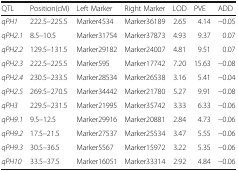
<table><thead><tr><td><b>QTL</b></td><td><b>Position(cM)</b></td><td><b>Left Marker</b></td><td><b>Right Marker</b></td><td><b>LOD</b></td><td><b>PVE</b></td><td><b>ADD</b></td></tr></thead><tbody><tr><td><i>qPH1</i></td><td>222.5–225.5</td><td>Marker4534</td><td>Marker36189</td><td>2.65</td><td>4.14</td><td>−0.05</td></tr><tr><td><i>qPH2.1</i></td><td>8.5–10.5</td><td>Marker31754</td><td>Marker37873</td><td>4.93</td><td>9.37</td><td>0.07</td></tr><tr><td><i>qPH2.2</i></td><td>129.5–131.5</td><td>Marker29182</td><td>Marker24007</td><td>4.81</td><td>9.51</td><td>0.07</td></tr><tr><td><i>qPH2.3</i></td><td>222.5–225.5</td><td>Marker595</td><td>Marker17742</td><td>7.20</td><td>15.63</td><td>−0.08</td></tr><tr><td><i>qPH2.4</i></td><td>230.5–233.5</td><td>Marker28534</td><td>Marker26538</td><td>3.16</td><td>5.41</td><td>−0.04</td></tr><tr><td><i>qPH2.5</i></td><td>269.5–270.5</td><td>Marker34442</td><td>Marker21780</td><td>5.27</td><td>9.91</td><td>−0.08</td></tr><tr><td><i>qPH3</i></td><td>229.5–231.5</td><td>Marker21995</td><td>Marker35742</td><td>3.33</td><td>6.33</td><td>−0.06</td></tr><tr><td><i>qPH9.1</i></td><td>9.5–12.5</td><td>Marker29916</td><td>Marker20881</td><td>2.84</td><td>4.73</td><td>−0.06</td></tr><tr><td><i>qPH9.2</i></td><td>17.5–21.5</td><td>Marker27537</td><td>Marker25534</td><td>3.47</td><td>5.55</td><td>−0.06</td></tr><tr><td><i>qPH9.3</i></td><td>30.5–36.5</td><td>Marker5567</td><td>Marker15972</td><td>3.22</td><td>5.35</td><td>−0.06</td></tr><tr><td><i>qPH10</i></td><td>33.5–37.5</td><td>Marker16051</td><td>Marker33314</td><td>2.92</td><td>4.84</td><td>−0.06</td></tr></tbody></table>